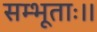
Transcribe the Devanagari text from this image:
सम्भूताः।।